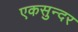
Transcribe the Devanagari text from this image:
एकसुन्दर